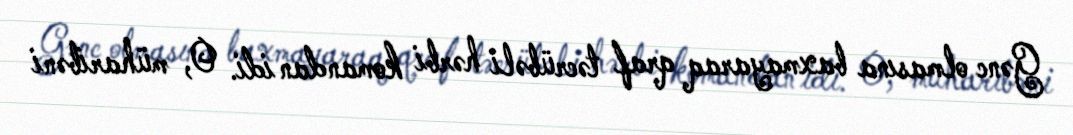
Gənc olmasına baxmayaraq qraf təcrübəli hərbi komandan idi. O, müharibəni